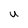
Character: U